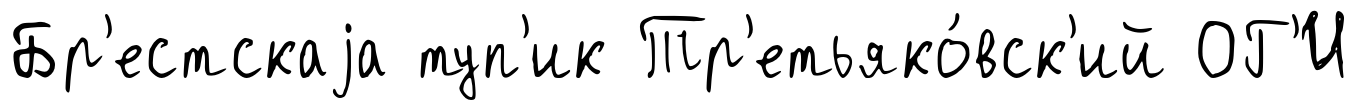
Бр'естскаjа туп'ик Тр'етьяко́вск'ий ОГ'И